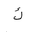
Letter: _kaf